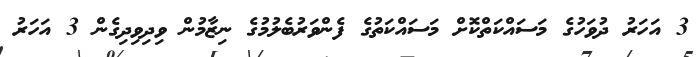
3 އަހަރު ދުވަހުގެ މަސައްކަތްކޮށް މަސައްކަތުގެ ފެންވަރުބެލުމުގެ ނިޒާމުން ވިދިވިދިގެން 3 އަހަރު